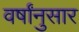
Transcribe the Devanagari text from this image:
वर्षांनुसार